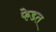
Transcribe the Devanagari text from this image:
फेडत